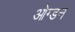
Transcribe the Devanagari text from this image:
ओग्डन